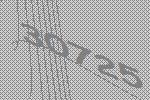
30725